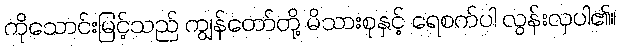
ကိုသောင်းမြင့်သည် ကျွန်တော်တို့ မိသားစုနှင့် ရေစက်ပါ လွန်းလှပါ၏။